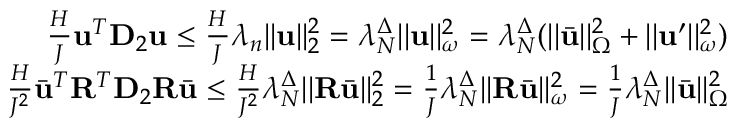
\begin{array} { r } { \frac { H } { J } \mathbf { u } ^ { T } \mathbf { D } _ { 2 } \mathbf { u } \leq \frac { H } { J } \lambda _ { n } | | \mathbf { u } | | _ { 2 } ^ { 2 } = \lambda _ { N } ^ { \Delta } | | \mathbf { u } | | _ { \omega } ^ { 2 } = \lambda _ { N } ^ { \Delta } ( | | \bar { \mathbf { u } } | | _ { \Omega } ^ { 2 } + | | \mathbf { u } ^ { \prime } | | _ { \omega } ^ { 2 } ) } \\ { \frac { H } { J ^ { 2 } } \bar { \mathbf { u } } ^ { T } \mathbf { R } ^ { T } \mathbf { D } _ { 2 } \mathbf { R } \bar { \mathbf { u } } \leq \frac { H } { J ^ { 2 } } \lambda _ { N } ^ { \Delta } | | \mathbf { R } \bar { \mathbf { u } } | | _ { 2 } ^ { 2 } = \frac { 1 } { J } \lambda _ { N } ^ { \Delta } | | \mathbf { R } \bar { \mathbf { u } } | | _ { \omega } ^ { 2 } = \frac { 1 } { J } \lambda _ { N } ^ { \Delta } | | \bar { \mathbf { u } } | | _ { \Omega } ^ { 2 } } \end{array}